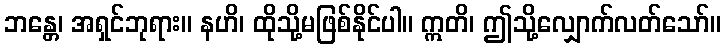
ဘန္တေ၊ အရှင်ဘုရား။ နဟိ၊ ထိုသို့မဖြစ်နိုင်ပါ။ ဣတိ၊ ဤသို့လျှောက်လတ်သော်။